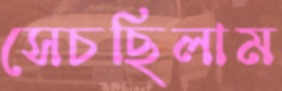
সেচছিলাম